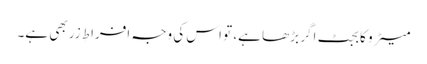
میٹرو کا بجٹ اگر بڑھا ہے، تو اس کی وجہ افراطِ زر بھی ہے۔